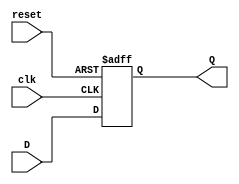
`timescale 1ns / 1ps
//////////////////////////////////////////////////////////////////////////////////
// Company: 
// Engineer: 
// 
// Design Name: 
// Module Name: dff
// Project Name: 
// Target Devices: 
// Tool Versions: 
// Description: 
// 
// Dependencies: 
// 
// Revision:
// Revision 0.01 - File Created
// Additional Comments:
// 
//////////////////////////////////////////////////////////////////////////////////


module dff(
    input reset,D,clk,
    output reg Q
    );
    
    always@ (posedge clk or posedge reset) begin
    
    if (reset) begin
    Q <= 1'b0;
    end
    else begin
    Q <= D;
    end
    
    end
    
endmodule